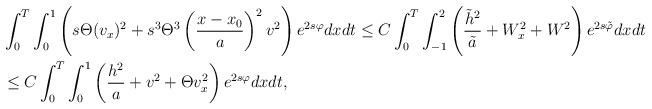
LaTeX: \begin{align*}\begin{aligned}&\int_0^T\int_0^1 \left(s\Theta (v_x)^2 + s^3 \Theta^3\left(\frac{x-x_0}{a}\right)^2 v^2\right)e^{2s\varphi}dxdt \le C \int_0^T \int_{-1}^2\left(\frac{\tilde h^2}{\tilde a} + W_x^2+ W^2\right)e^{2s\tilde \varphi}dxdt\\&\le C \int_0^T \int_0^1\left(\frac{ h^2}{a} +v^2+ \Theta v_x^2\right)e^{2s \varphi}dxdt,\end{aligned}\end{align*}